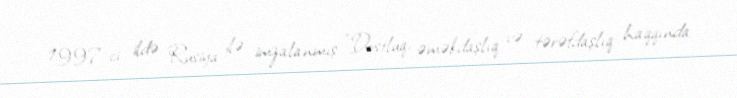
1997-ci ildə Rusiya ilə imzalanmış ”Dostluq, əməkdaşlıq və tərəfdaşlıq haqqında